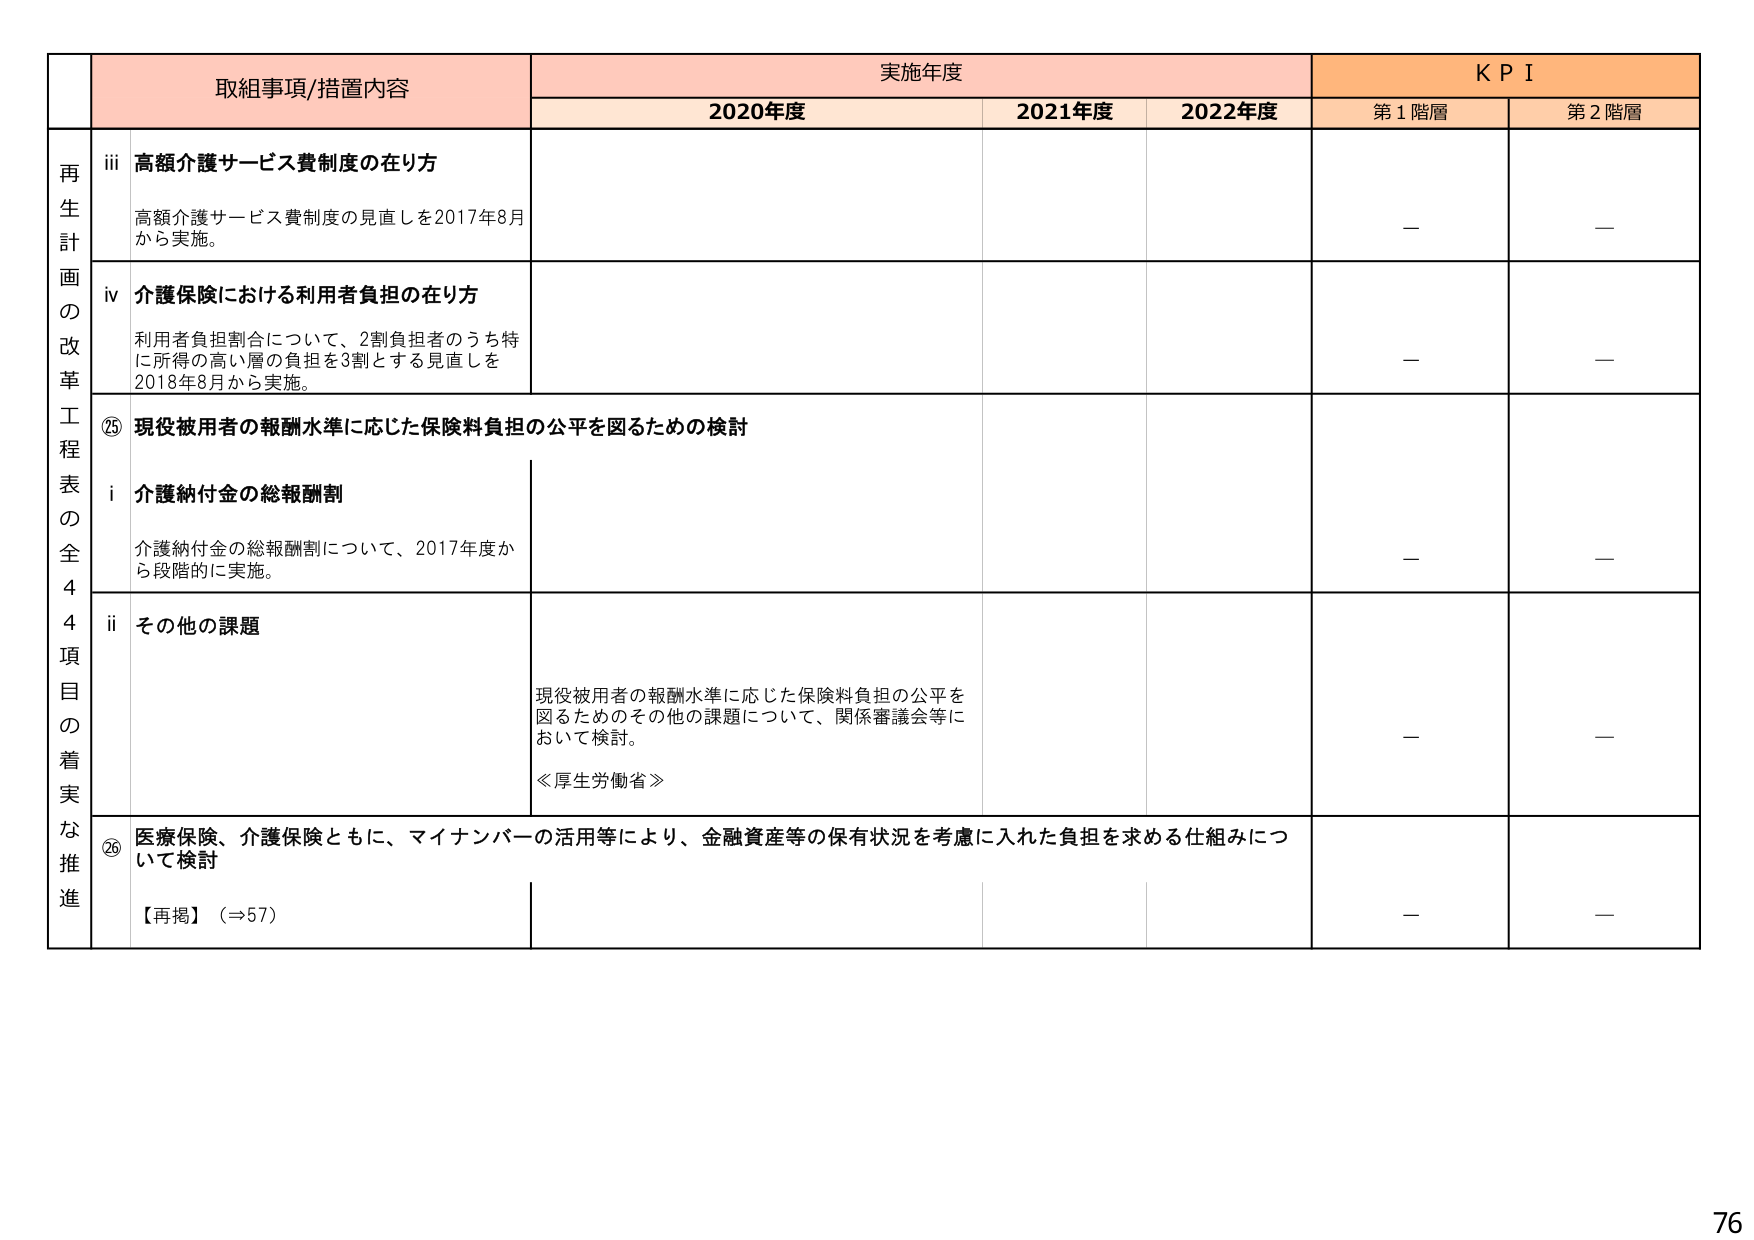
取組事項/措置内容 実施年度 KPI
2020年度 2021年度 2022年度 第1階層 第2階層
再生計画の改革工程表の全44項目の着実な推進
iii 高額介護サービス費制度の在り方
高額介護サービス費制度の見直しを2017年8月から実施。
— —
iv 介護保険における利用者負担の在り方
利用者負担割合について、2割負担者のうち特に所得の高い層の負担を3割とする見直しを2018年8月から実施。
— —
⑳ 現役被用者の報酬水準に応じた保険料負担の公平を図るための検討
i 介護納付金の総報酬割
介護納付金の総報酬割について、2017年度から段階的に実施。
— —
ii その他の課題
現役被用者の報酬水準に応じた保険料負担の公平を図るためのその他の課題について、関係審議会等において検討。
≪厚生労働省≫
— —
⑳ 医療保険、介護保険ともに、マイナンバーの活用等により、金融資産等の保有状況を考慮に入れた負担を求める仕組みについて検討
【再掲】（⇒57）
— —
76